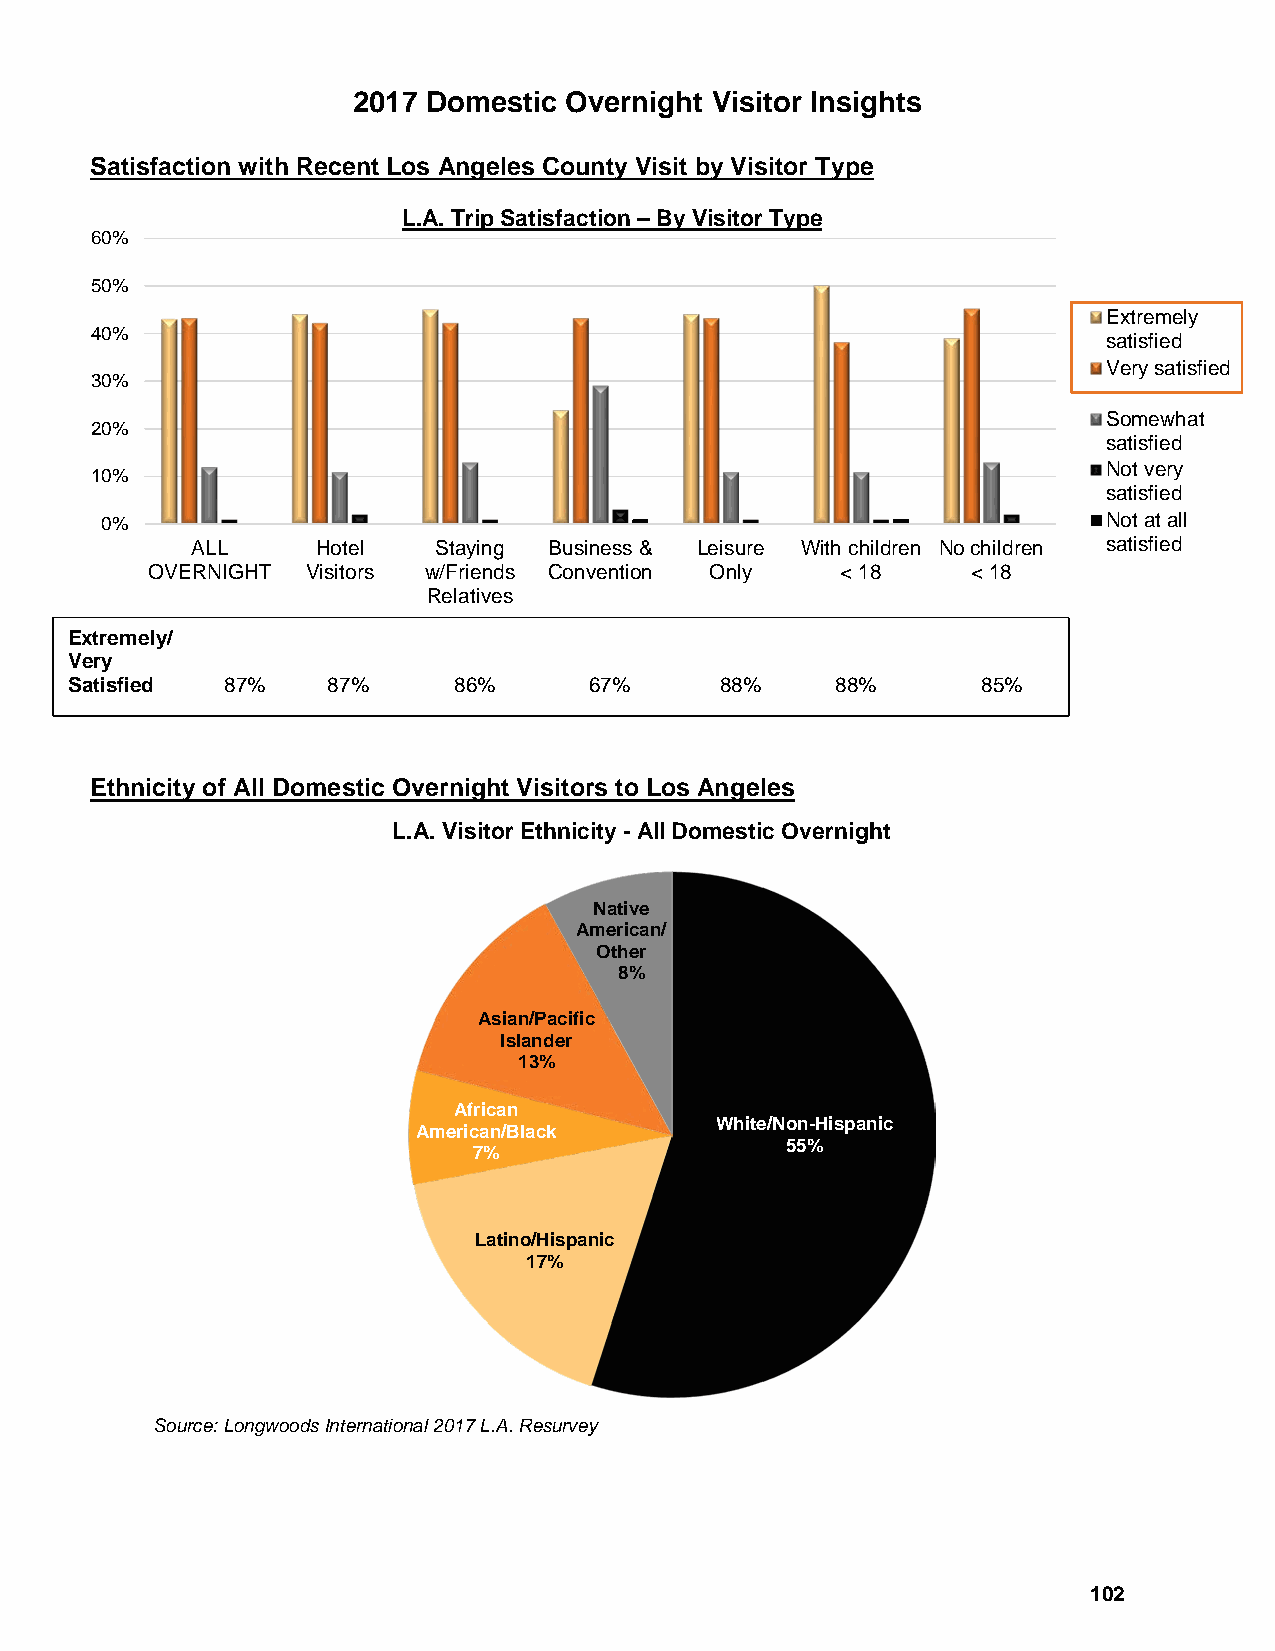
2017 Domestic Overnight Visitor Insights
 Satisfaction with Recent Los Angeles County Visit by Visitor Type
 L.A. Trip Satisfaction – By Visitor Type
 60%
 50%
 Extremely
 40%
 satisfied
 Very satisfied
 30%
 Somewhat
 20%
 satisfied
 Not very
 10%
 satisfied
 0%                                                                Not at all
 ALL     Hotel   Staying Business & Leisure With children No children satisfied
 OVERNIGHT Visitors w/Friends Convention Only  < 18    < 18
 Relatives
 Extremely/
 Very
 Satisfied 87%    87%     86%      67%      88%    88%       85%
 Ethnicity of All Domestic Overnight Visitors to Los Angeles
 L.A. Visitor Ethnicity - All Domestic Overnight
 Native
 American/
 Other
 8%
 Asian/Pacific
 Islander
 13%
 African
 White/Non-Hispanic
 American/Black
 55%
 7%
 Latino/Hispanic
 17%
 Source: Longwoods International 2017 L.A. Resurvey
 102